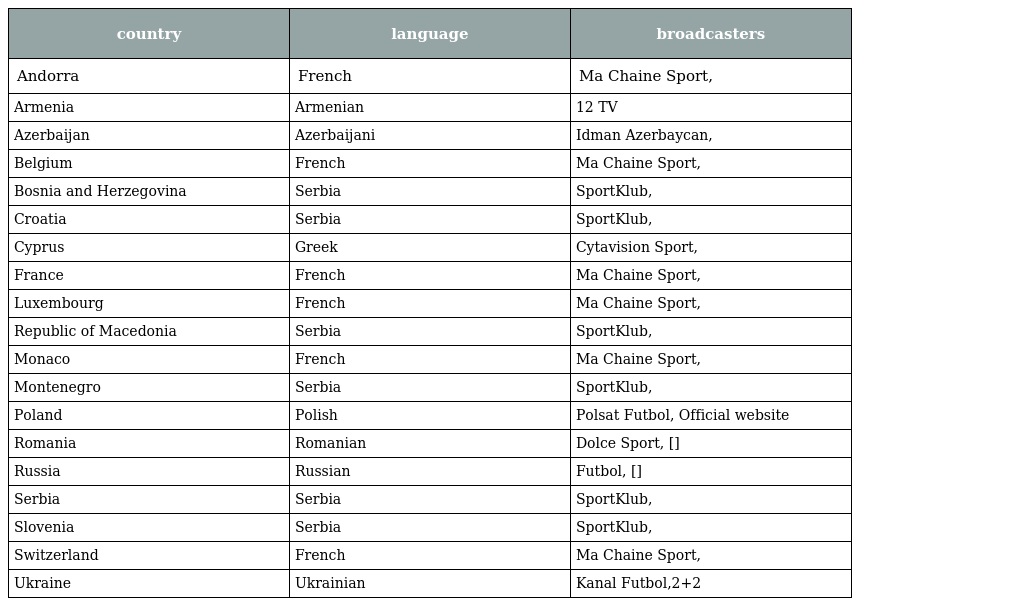
| country | language | broadcasters |
 | --- | --- | --- |
 | Andorra | French | Ma Chaine Sport, |
 | Armenia | Armenian | 12 TV |
 | Azerbaijan | Azerbaijani | Idman Azerbaycan, |
 | Belgium | French | Ma Chaine Sport, |
 | Bosnia and Herzegovina | Serbia | SportKlub, |
 | Croatia | Serbia | SportKlub, |
 | Cyprus | Greek | Cytavision Sport, |
 | France | French | Ma Chaine Sport, |
 | Luxembourg | French | Ma Chaine Sport, |
 | Republic of Macedonia | Serbia | SportKlub, |
 | Monaco | French | Ma Chaine Sport, |
 | Montenegro | Serbia | SportKlub, |
 | Poland | Polish | Polsat Futbol, Official website |
 | Romania | Romanian | Dolce Sport, [] |
 | Russia | Russian | Futbol, [] |
 | Serbia | Serbia | SportKlub, |
 | Slovenia | Serbia | SportKlub, |
 | Switzerland | French | Ma Chaine Sport, |
 | Ukraine | Ukrainian | Kanal Futbol,2+2 |